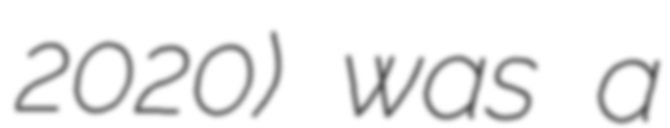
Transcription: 2020) was a